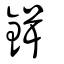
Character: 鍓